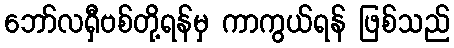
ဘော်လရှီဗစ်တို့ရန်မှ ကာကွယ်ရန် ဖြစ်သည်